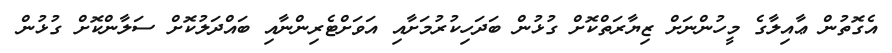
އެގޮތުން ޢާއިލާގެ މީހުންނަށް ޒިޔާރަތްކޮށް ގުޅުން ބަދަހިކުރުމަށާއި އަވަށްޓެރިންނާއި ބައްދަލުކޮށް ސަލާންކޮށް ގުޅުން